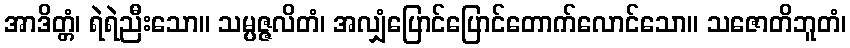
အာဒိတ္တံ၊ ရဲရဲညီးသော။ သမ္ပဇ္ဇလိတံ၊ အလျှံပြောင်ပြောင်တောက်လောင်သော။ သဇောတိဘူတံ၊